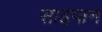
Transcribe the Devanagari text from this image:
साइपान